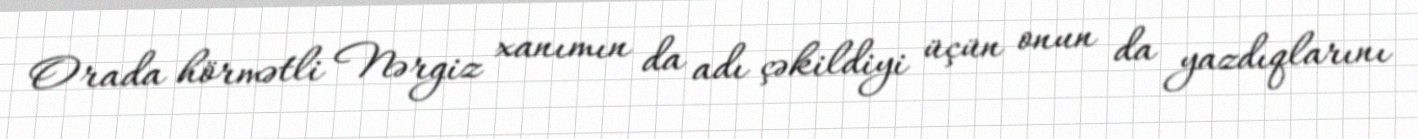
Orada hörmətli Nərgiz xanımın da adı çəkildiyi üçün onun da yazdıqlarını